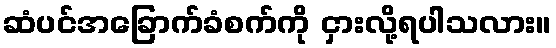
ဆံပင်အခြောက်ခံစက်ကို ငှားလို့ရပါသလား။